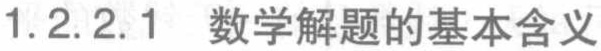
1.2.2.1 数学解题的基本含义